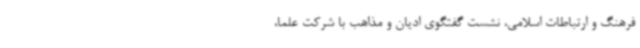
فرهنگ و ارتباطات اسلامی، نشست گفتگوی ادیان و مذاهب با شرکت علما،